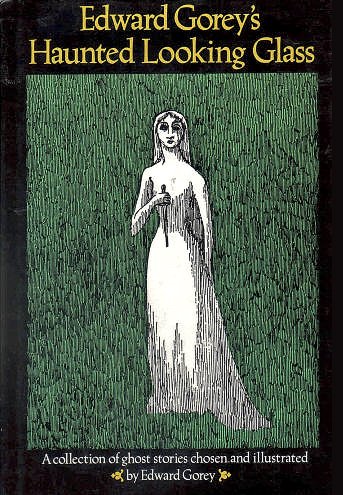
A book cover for Edward Gorey's Haunted Looking Glass; Literature & Fiction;